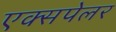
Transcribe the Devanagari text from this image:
एक्सपेलर